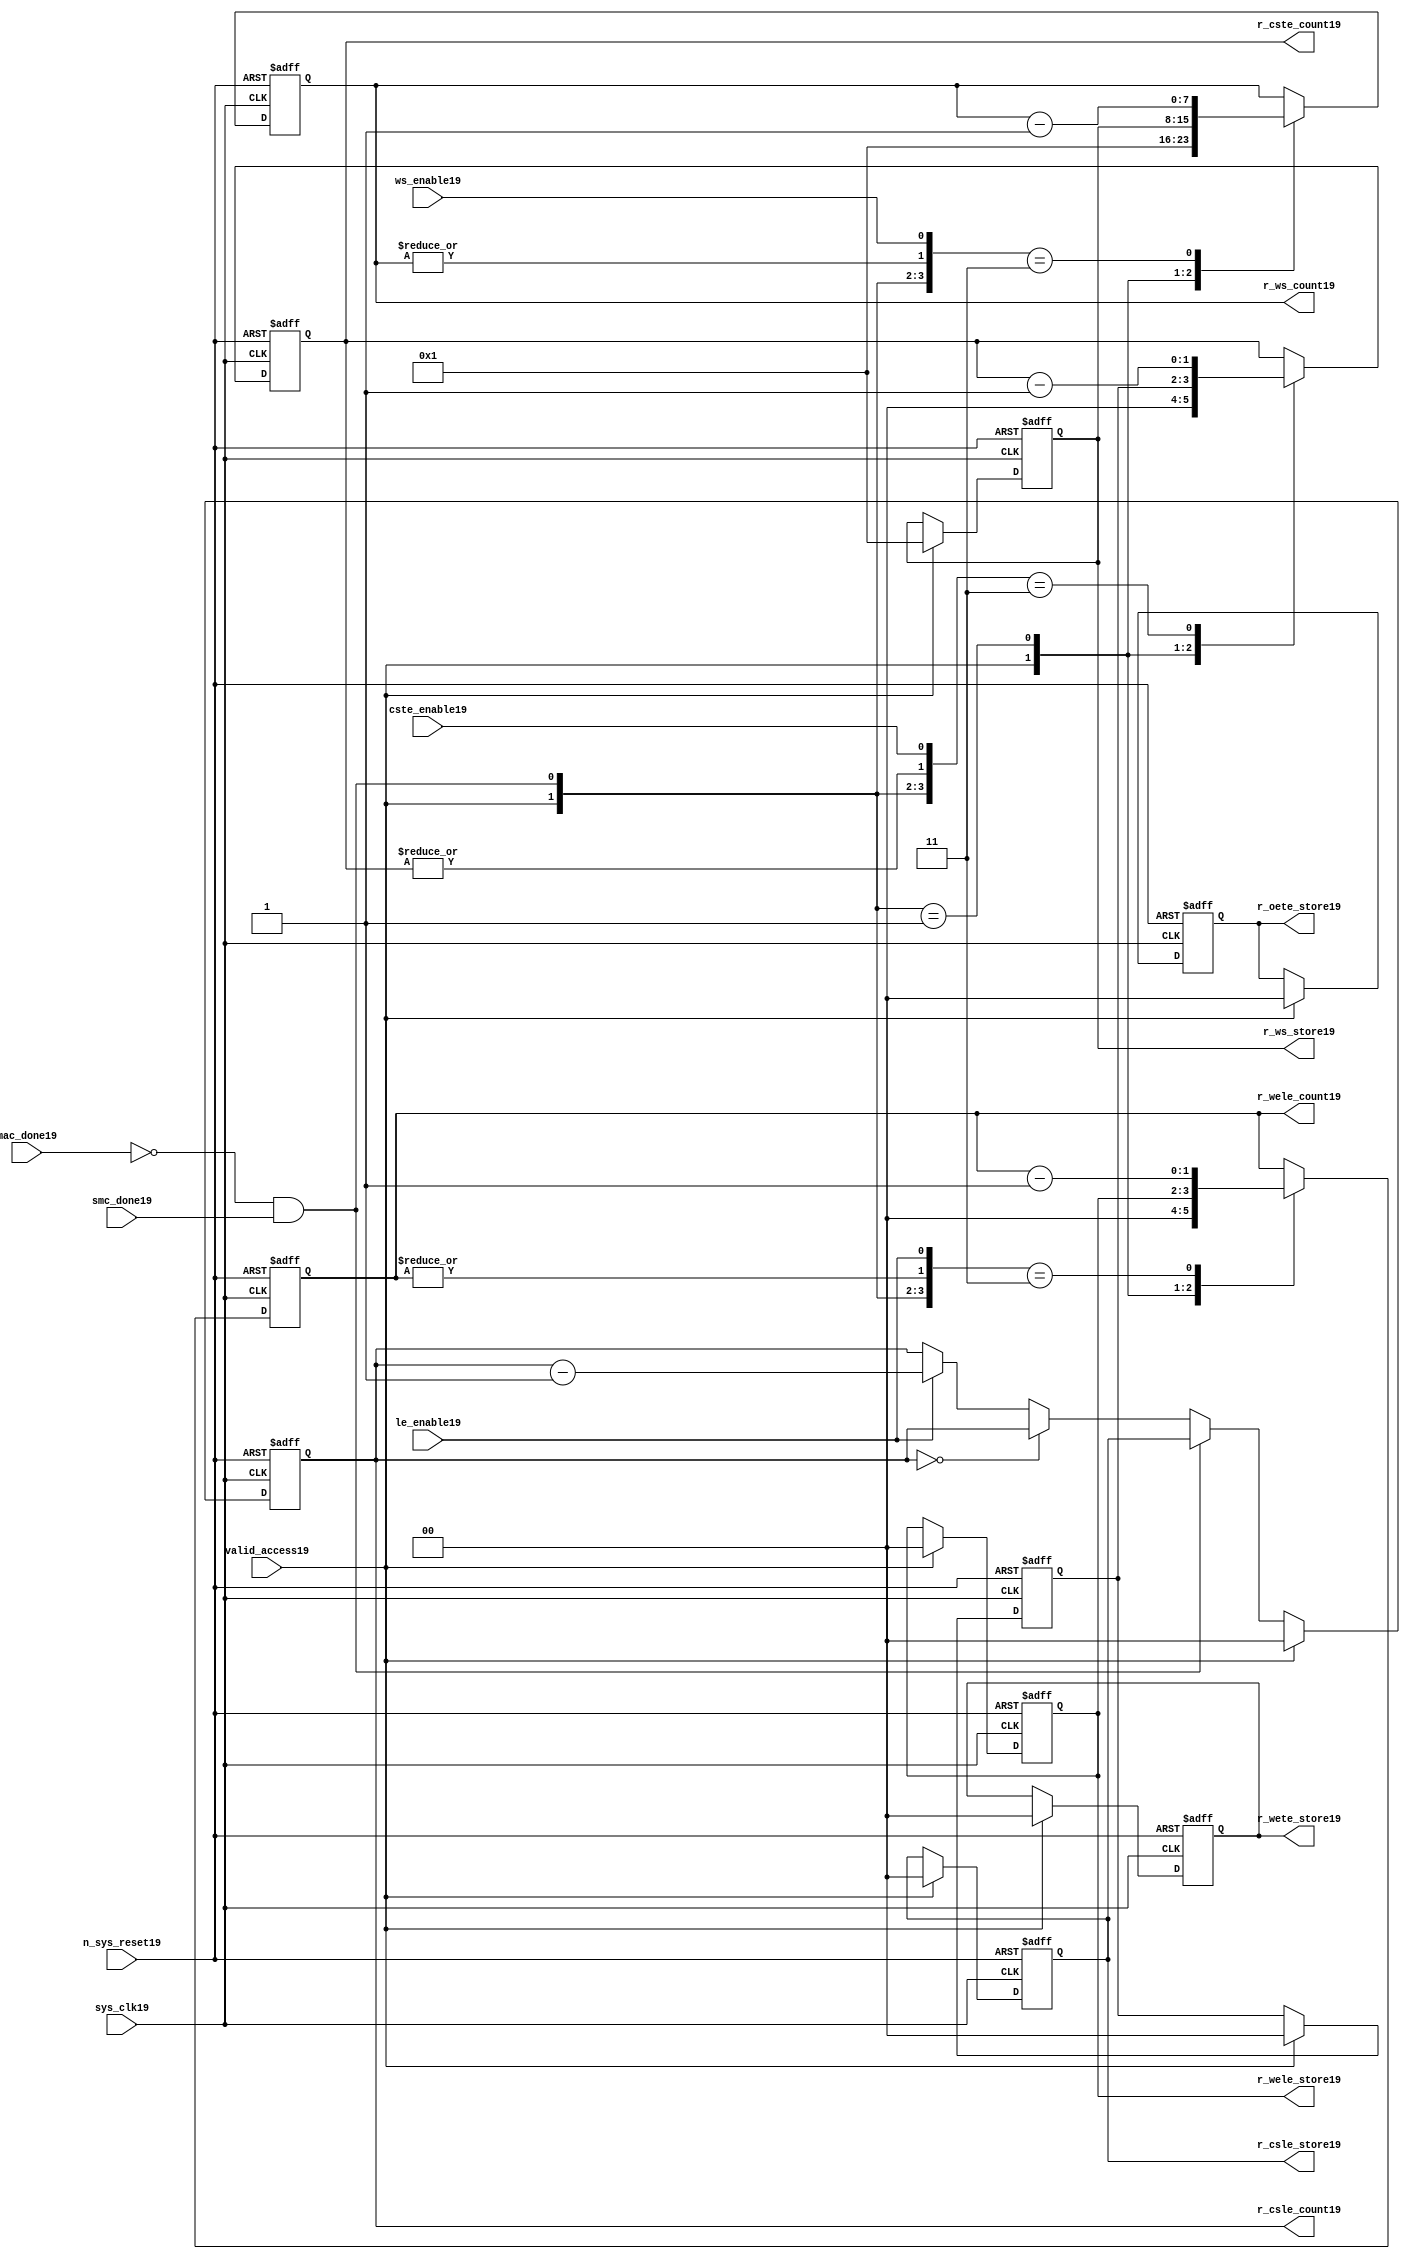
//File19 name   : smc_counter_lite19.v
//Title19       : 
//Created19     : 1999
//Description19 : Counter19 block.
//            : Static19 Memory Controller19.
//            : The counter block provides19 generates19 all cycle timings19
//            : The leading19 edge counts19 are individual19 2bit, loadable19,
//            : counters19. The wait state counter is a count down
//            : counter with a maximum size of 5 bits. The trailing19
//            : edge counts19 are registered for comparison19 with the
//            : wait state counter. The bus float19 (CSTE19) is a
//            : separate19 2bit counter. The initial count values are
//            : stored19 and reloaded19 into the counters19 if multiple
//            : accesses are required19.
//Notes19       : 
//----------------------------------------------------------------------
//   Copyright19 1999-2010 Cadence19 Design19 Systems19, Inc19.
//   All Rights19 Reserved19 Worldwide19
//
//   Licensed19 under the Apache19 License19, Version19 2.0 (the
//   "License19"); you may not use this file except19 in
//   compliance19 with the License19.  You may obtain19 a copy of
//   the License19 at
//
//       http19://www19.apache19.org19/licenses19/LICENSE19-2.0
//
//   Unless19 required19 by applicable19 law19 or agreed19 to in
//   writing, software19 distributed19 under the License19 is
//   distributed19 on an "AS19 IS19" BASIS19, WITHOUT19 WARRANTIES19 OR19
//   CONDITIONS19 OF19 ANY19 KIND19, either19 express19 or implied19.  See
//   the License19 for the specific19 language19 governing19
//   permissions19 and limitations19 under the License19.
//----------------------------------------------------------------------


module smc_counter_lite19  (
                     //inputs19

                     sys_clk19,
                     n_sys_reset19,
                     valid_access19,
                     mac_done19, 
                     smc_done19, 
                     cste_enable19, 
                     ws_enable19,
                     le_enable19, 

                     //outputs19

                     r_csle_count19,
                     r_wele_count19,
                     r_ws_count19,
                     r_ws_store19,
                     r_oete_store19,
                     r_wete_store19,
                     r_wele_store19,
                     r_cste_count19,
                     r_csle_store19);
   

//----------------------------------------------------------------------
// the Wait19 State19 Counter19
//----------------------------------------------------------------------
   
   
   // I19/O19
   
   input     sys_clk19;                  // AHB19 System19 clock19
   input     n_sys_reset19;              // AHB19 System19 reset (Active19 LOW19)
   
   input     valid_access19;             // load19 values are valid if high19
   input     mac_done19;                 // All cycles19 in a multiple access

   //  completed
   
   input                 smc_done19;   // one access completed
   input                 cste_enable19;// Enable19 CS19 Trailing19 Edge19 counter
   input                 ws_enable19;  // Enable19 Wait19 State19 counter
   input                 le_enable19;  // Enable19 all Leading19 Edge19 counters19
   
   // Counter19 outputs19
   
   output [1:0]             r_csle_count19;  //chip19 select19 leading19
                                             //  edge count
   output [1:0]             r_wele_count19;  //write strobe19 leading19 
                                             // edge count
   output [7:0] r_ws_count19;    //wait state count
   output [1:0]             r_cste_count19;  //chip19 select19 trailing19 
                                             // edge count
   
   // Stored19 counts19 for MAC19
   
   output [1:0]             r_oete_store19;  //read strobe19
   output [1:0]             r_wete_store19;  //write strobe19 trailing19 
                                              // edge store19
   output [7:0] r_ws_store19;    //wait state store19
   output [1:0]             r_wele_store19;  //write strobe19 leading19
                                             //  edge store19
   output [1:0]             r_csle_store19;  //chip19 select19  leading19
                                             //  edge store19
   
   
   // Counters19
   
   reg [1:0]             r_csle_count19;  // Chip19 select19 LE19 counter
   reg [1:0]             r_wele_count19;  // Write counter
   reg [7:0] r_ws_count19;    // Wait19 state select19 counter
   reg [1:0]             r_cste_count19;  // Chip19 select19 TE19 counter
   
   
   // These19 strobes19 finish early19 so no counter is required19. 
   // The stored19 value is compared with WS19 counter to determine19 
   // when the strobe19 should end.

   reg [1:0]    r_wete_store19;    // Write strobe19 TE19 end time before CS19
   reg [1:0]    r_oete_store19;    // Read strobe19 TE19 end time before CS19
   
   
   // The following19 four19 regisrers19 are used to store19 the configuration
   // during mulitple19 accesses. The counters19 are reloaded19 from these19
   // registers before each cycle.
   
   reg [1:0]             r_csle_store19;    // Chip19 select19 LE19 store19
   reg [1:0]             r_wele_store19;    // Write strobe19 LE19 store19
   reg [7:0] r_ws_store19;      // Wait19 state store19
   reg [1:0]             r_cste_store19;    // Chip19 Select19 TE19 delay
                                          //  (Bus19 float19 time)

   // wires19 used for meeting19 coding19 standards19
   
   wire         ws_count19;      //ORed19 r_ws_count19
   wire         wele_count19;    //ORed19 r_wele_count19
   wire         cste_count19;    //ORed19 r_cste_count19
   wire         mac_smc_done19;  //ANDed19 smc_done19 and not(mac_done19)
   wire [4:0]   case_cste19;     //concatenated19 signals19 for case statement19
   wire [4:0]   case_wele19;     //concatenated19 signals19 for case statement19
   wire [4:0]   case_ws19;       //concatenated19 signals19 for case statement19
   
   
   
   // Main19 Code19
   
//----------------------------------------------------------------------
// Counters19 (& Count19 Store19 for MAC19)
//----------------------------------------------------------------------


//----------------------------------------------------------------------
// WETE19 Store19
//----------------------------------------------------------------------

always @(posedge sys_clk19 or negedge n_sys_reset19)

begin   

   if (~(n_sys_reset19))
     
      r_wete_store19 <= 2'b00;
   
   
   else if (valid_access19)
     
      r_wete_store19 <= 2'b0;
   
   else
     
      r_wete_store19 <= r_wete_store19;

end
   
//----------------------------------------------------------------------
// OETE19 Store19
//----------------------------------------------------------------------

always @(posedge sys_clk19 or negedge n_sys_reset19)

begin   

   if (~(n_sys_reset19))
     
      r_oete_store19 <= 2'b00;
   
   
   else if (valid_access19)
     
      r_oete_store19 <= 2'b0;
   
   else

      r_oete_store19 <= r_oete_store19;

end
   
//----------------------------------------------------------------------
// CSLE19 Store19
//----------------------------------------------------------------------

always @(posedge sys_clk19 or negedge n_sys_reset19)

begin   

   if (~(n_sys_reset19))
     
      r_csle_store19 <= 2'b00;
   
   
   else if (valid_access19)
     
      r_csle_store19 <= 2'b00;
   
   else
     
      r_csle_store19 <= r_csle_store19;

end
   
//----------------------------------------------------------------------
// CSLE19 Counter19
//----------------------------------------------------------------------

always @(posedge sys_clk19 or negedge n_sys_reset19)

begin   

   if (~(n_sys_reset19))
     
      r_csle_count19 <= 2'b00;
   
   
   else
   begin
        
      if (valid_access19)
        
         r_csle_count19 <= 2'b00;
      
      else if (~(mac_done19) & smc_done19)
        
         r_csle_count19 <= r_csle_store19;
      
      else if (r_csle_count19 == 2'b00)
        
         r_csle_count19 <= r_csle_count19;
      
      else if (le_enable19)               
        
         r_csle_count19 <= r_csle_count19 - 2'd1;
      
      else
        
          r_csle_count19 <= r_csle_count19;
      
     end

end
   
   
//----------------------------------------------------------------------
// CSTE19 Store19
//----------------------------------------------------------------------

always @(posedge sys_clk19 or negedge n_sys_reset19)

begin   

   if (~(n_sys_reset19))

      r_cste_store19 <= 2'b00;

   else if (valid_access19)

      r_cste_store19 <= 2'b0;

   else

      r_cste_store19 <= r_cste_store19;

end
   
   
   
//----------------------------------------------------------------------
//concatenation19 of signals19 to avoid using nested19 ifs19
//----------------------------------------------------------------------

 assign mac_smc_done19 = (~(mac_done19) & smc_done19);
 assign cste_count19   = (|r_cste_count19);           //checks19 for count = 0
 assign case_cste19   = {1'b0,valid_access19,mac_smc_done19,cste_count19,
                       cste_enable19};
   
//----------------------------------------------------------------------
//CSTE19 COUNTER19
//----------------------------------------------------------------------

always @(posedge sys_clk19 or negedge n_sys_reset19)

begin   

   if (~(n_sys_reset19))

      r_cste_count19 <= 2'b00;

   else 
   begin
      casex(case_cste19)
           
        5'b1xxxx:        r_cste_count19 <= r_cste_count19;

        5'b01xxx:        r_cste_count19 <= 2'b0;

        5'b001xx:        r_cste_count19 <= r_cste_store19;

        5'b0000x:        r_cste_count19 <= r_cste_count19;

        5'b00011:        r_cste_count19 <= r_cste_count19 - 2'd1;

        default :        r_cste_count19 <= r_cste_count19;

      endcase // casex(w_cste_case19)
      
   end
   
end

//----------------------------------------------------------------------
// WELE19 Store19
//----------------------------------------------------------------------

always @(posedge sys_clk19 or negedge n_sys_reset19)

begin   

   if (~(n_sys_reset19))

      r_wele_store19 <= 2'b00;


   else if (valid_access19)

      r_wele_store19 <= 2'b00;

   else

      r_wele_store19 <= r_wele_store19;

end
   
   
   
//----------------------------------------------------------------------
//concatenation19 of signals19 to avoid using nested19 ifs19
//----------------------------------------------------------------------
   
   assign wele_count19   = (|r_wele_count19);         //checks19 for count = 0
   assign case_wele19   = {1'b0,valid_access19,mac_smc_done19,wele_count19,
                         le_enable19};
   
//----------------------------------------------------------------------
// WELE19 Counter19
//----------------------------------------------------------------------

always @(posedge sys_clk19 or negedge n_sys_reset19)

begin   
   if (~(n_sys_reset19))

      r_wele_count19 <= 2'b00;

   else
   begin

      casex(case_wele19)

        5'b1xxxx :  r_wele_count19 <= r_wele_count19;

        5'b01xxx :  r_wele_count19 <= 2'b00;

        5'b001xx :  r_wele_count19 <= r_wele_store19;

        5'b0000x :  r_wele_count19 <= r_wele_count19;

        5'b00011 :  r_wele_count19 <= r_wele_count19 - (2'd1);

        default  :  r_wele_count19 <= r_wele_count19;

      endcase // casex(case_wele19)

   end

end
   
//----------------------------------------------------------------------
// WS19 Store19
//----------------------------------------------------------------------

always @(posedge sys_clk19 or negedge n_sys_reset19)
  
begin   

   if (~(n_sys_reset19))

      r_ws_store19 <= 8'd0;


   else if (valid_access19)

      r_ws_store19 <= 8'h01;

   else

      r_ws_store19 <= r_ws_store19;

end
   
   
   
//----------------------------------------------------------------------
//concatenation19 of signals19 to avoid using nested19 ifs19
//----------------------------------------------------------------------
   
   assign ws_count19   = (|r_ws_count19); //checks19 for count = 0
   assign case_ws19   = {1'b0,valid_access19,mac_smc_done19,ws_count19,
                       ws_enable19};
   
//----------------------------------------------------------------------
// WS19 Counter19
//----------------------------------------------------------------------

always @(posedge sys_clk19 or negedge n_sys_reset19)

begin   

   if (~(n_sys_reset19))

      r_ws_count19 <= 8'd0;

   else  
   begin
   
      casex(case_ws19)
 
         5'b1xxxx :  
            r_ws_count19 <= r_ws_count19;
        
         5'b01xxx :
            r_ws_count19 <= 8'h01;
        
         5'b001xx :  
            r_ws_count19 <= r_ws_store19;
        
         5'b0000x :  
            r_ws_count19 <= r_ws_count19;
        
         5'b00011 :  
            r_ws_count19 <= r_ws_count19 - 8'd1;
        
         default  :  
            r_ws_count19 <= r_ws_count19;

      endcase // casex(case_ws19)
      
   end
   
end  
   
   
endmodule